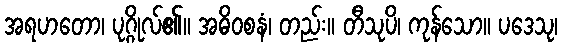
အရဟတော၊ ပုဂ္ဂိုလ်၏။ အဓိဝစနံ၊ တည်း။ တီသုပိ၊ ကုန်သော။ ပဒေသု၊